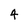
Character: 4